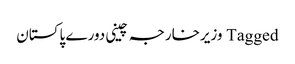
Tagged وزیرخارجہ چینی دورے پاکستان